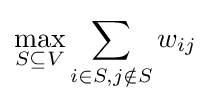
\max _{S\subseteq V}\sum _{i\in S,j\notin S}w_{ij}